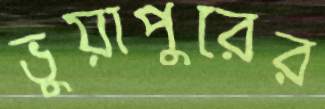
ভুয়াপুরের